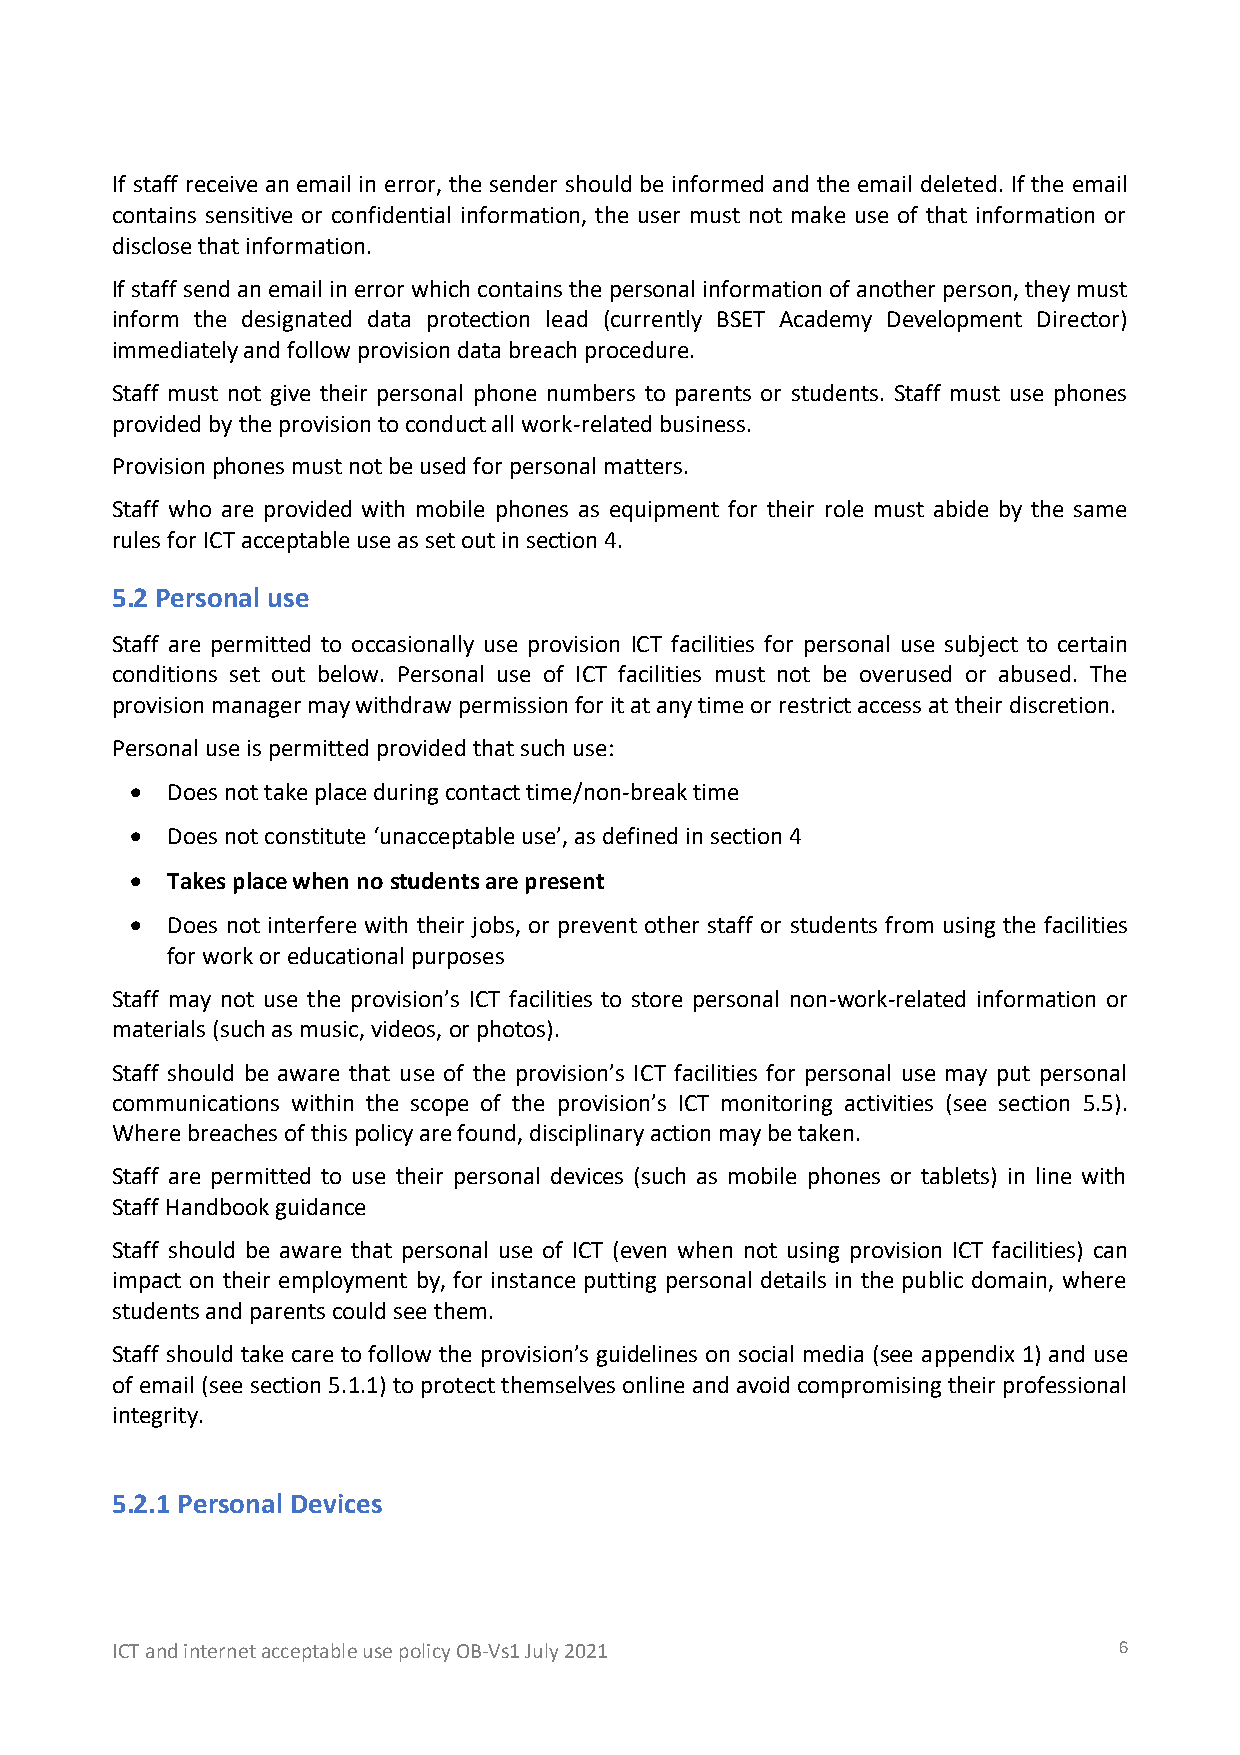
If staff receive an email in error, the sender should be informed and the email deleted. If the email
 contains sensitive or confidential information, the user must not make use of that information or
 disclose that information.
 If staff send an email in error which contains the personal information of another person, they must
 inform the designated data protection lead (currently BSET Academy Development Director)
 immediately and follow provision data breach procedure.
 Staff must not give their personal phone numbers to parents or students. Staff must use phones
 provided by the provision to conduct all work-related business.
 Provision phones must not be used for personal matters.
 Staff who are provided with mobile phones as equipment for their role must abide by the same
 rules for ICT acceptable use as set out in section 4.
 5.2 Personal use
 Staff are permitted to occasionally use provision ICT facilities for personal use subject to certain
 conditions set out below. Personal use of ICT facilities must not be overused or abused. The
 provision manager may withdraw permission for it at any time or restrict access at their discretion.
 Personal use is permitted provided that such use:
 • Does not take place during contact time/non-break time
 • Does not constitute ‘unacceptable use’, as defined in section 4
 • Takes place when no students are present
 • Does not interfere with their jobs, or prevent other staff or students from using the facilities
 for work or educational purposes
 Staff may not use the provision’s ICT facilities to store personal non-work-related information or
 materials (such as music, videos, or photos).
 Staff should be aware that use of the provision’s ICT facilities for personal use may put personal
 communications within the scope of the provision’s ICT monitoring activities (see section 5.5).
 Where breaches of this policy are found, disciplinary action may be taken.
 Staff are permitted to use their personal devices (such as mobile phones or tablets) in line with
 Staff Handbook guidance
 Staff should be aware that personal use of ICT (even when not using provision ICT facilities) can
 impact on their employment by, for instance putting personal details in the public domain, where
 students and parents could see them.
 Staff should take care to follow the provision’s guidelines on social media (see appendix 1) and use
 of email (see section 5.1.1) to protect themselves online and avoid compromising their professional
 integrity.
 5.2.1 Personal Devices
 ICT and internet acceptable use policy OB-Vs1 July 2021            6